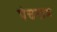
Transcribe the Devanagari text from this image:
पंचनाम